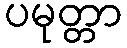
ပမုတ္တာ